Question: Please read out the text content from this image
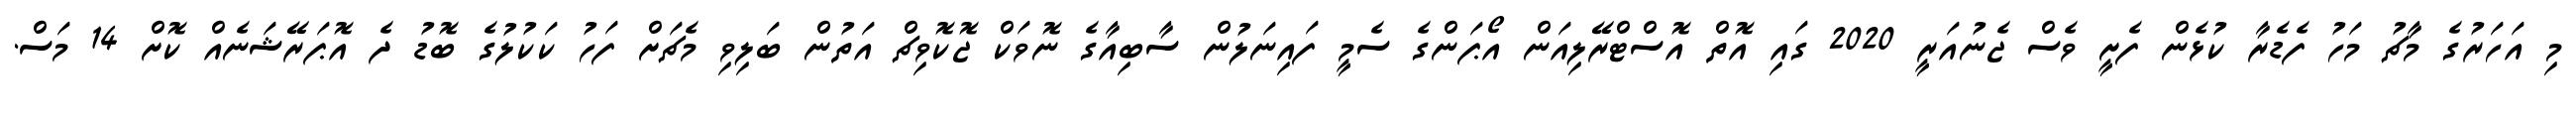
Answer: މި އަހަރުގެ މާޗު މަހު ފެޑެރާ ކުޅެން ފެށީ ވެސް ޖެނުއަރީ 2020 ގައި އޮތް އޮސްޓްރޭލިއަން އޯޕަންގެ ސެމީ ފައިނަލުން ސާބިއާގެ ނޮވަކް ޖޮކޮވިޗް އަތުން ބަލިވި މެޗަށް ފަހު ކަކުލުގެ ބޮޑު ދެ އޮޕަރޭޝަނެއް ކޮށް 14 މަސް.